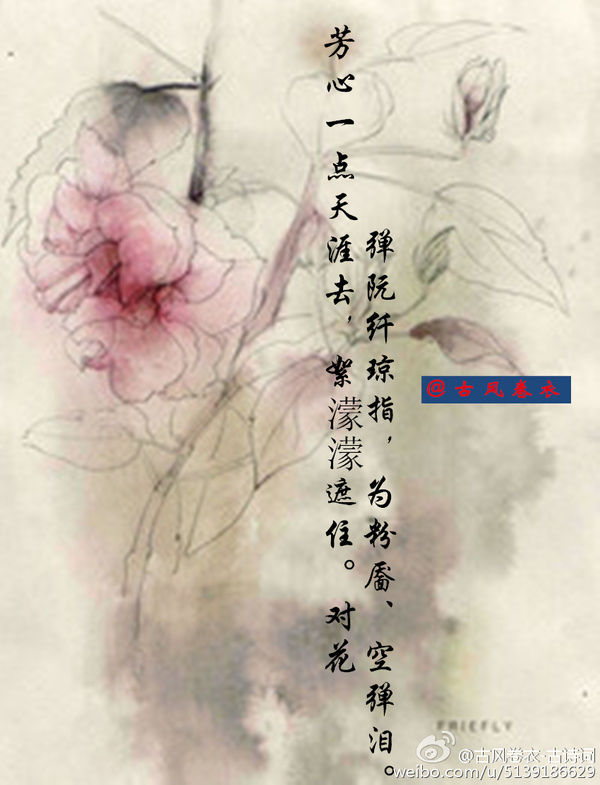
悲欢离合总无情。一任阶前点滴到天明。